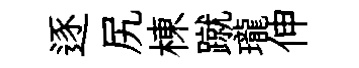
逐尻棟蹴瓏伸